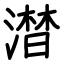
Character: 澘